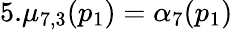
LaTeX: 5.\mu_{7,3}(p_{1})=\alpha_{7}(p_{1})